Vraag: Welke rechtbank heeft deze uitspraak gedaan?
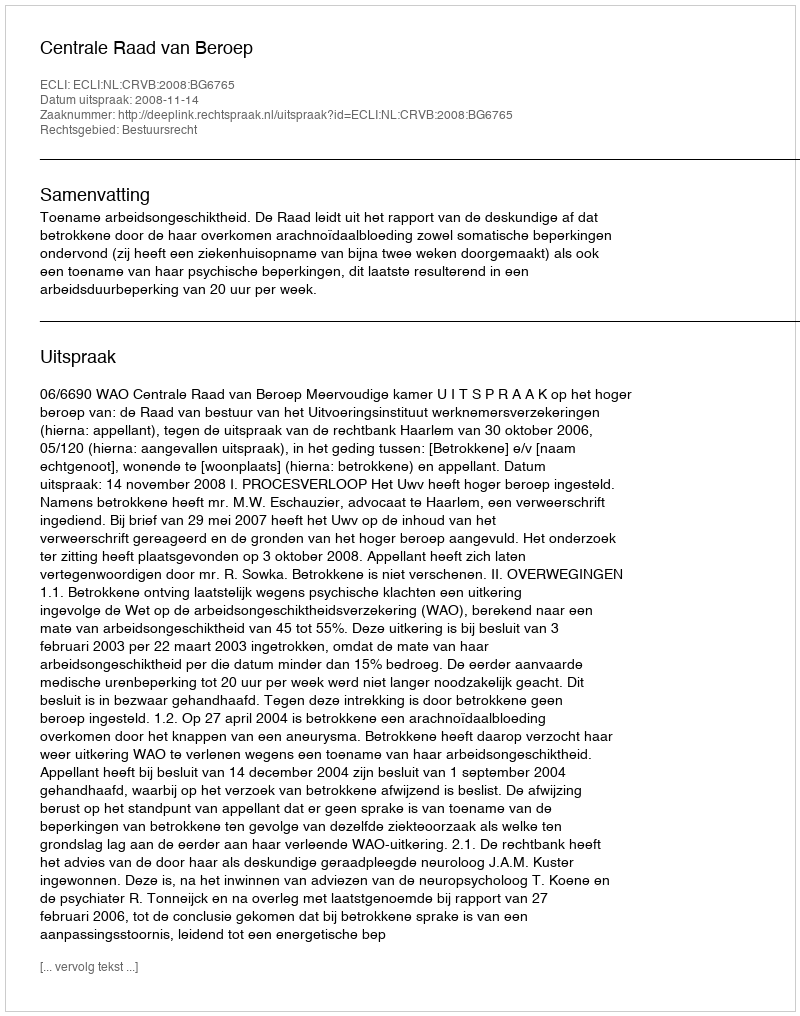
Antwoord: Centrale Raad van Beroep